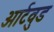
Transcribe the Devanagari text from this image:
आर्टवुड